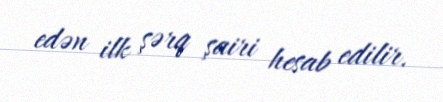
edən ilk şərq şairi hesab edilir.